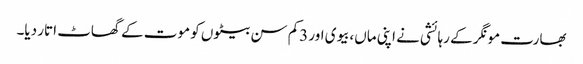
بھارت مونگر کے رہائشی نے اپنی ماں،بیوی اور 3کم سن بیٹوں کو موت کے گھاٹ اتار دیا۔